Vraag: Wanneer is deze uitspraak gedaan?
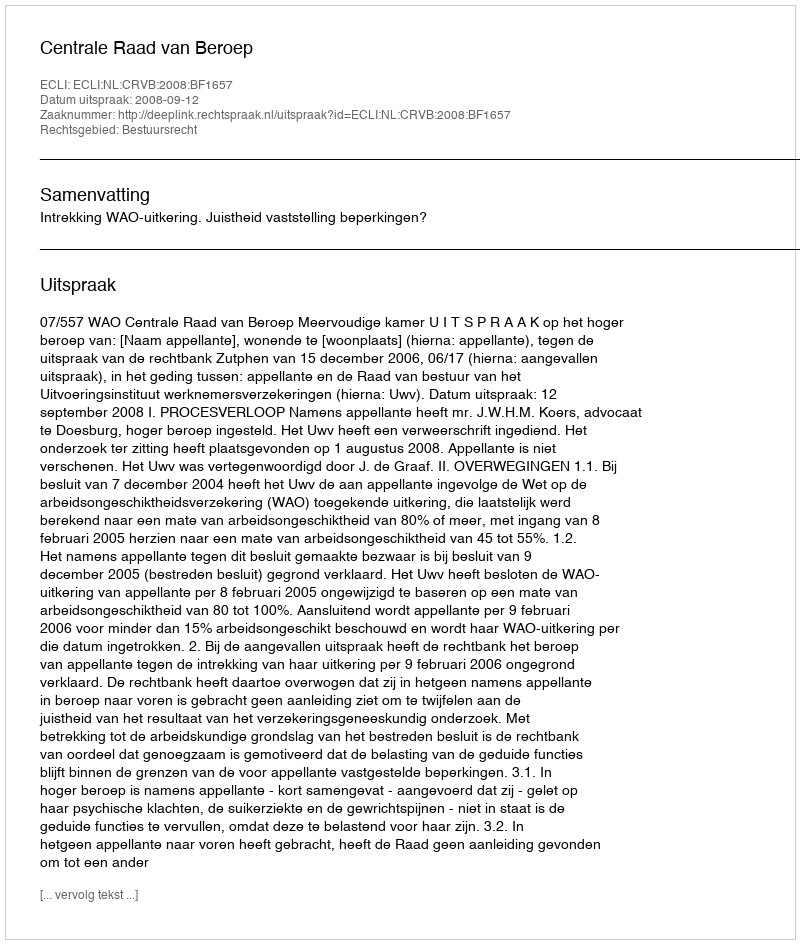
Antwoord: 2008-09-12